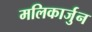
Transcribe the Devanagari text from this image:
मलिकार्जुन